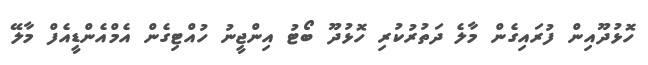
ހޮޅުދޫއިން ފުރައިގެން މާލެ ދަތުރުކުރި ހޮޅުދޫ ބޯޓު އިންޖީނު ހުއްޓިގެން އެމްއެންޑީއެފް މާލޭ